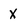
Character: x